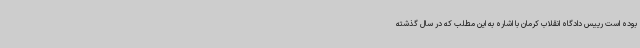
بوده است رییس دادگاه انقلاب کرمان با اشاره به این مطلب که در سال گذشته